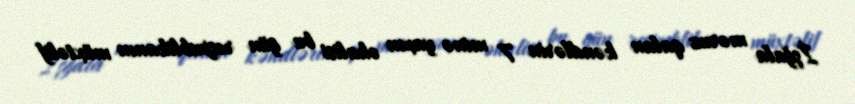
İşğala məruz qalan kəndlərin 7 minə yaxın əhalisi bu gün respublikanın müxtəlif